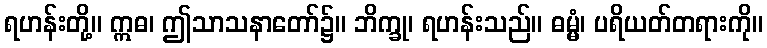
ရဟန်းတို့။ ဣဓ၊ ဤသာသနာတော်၌။ ဘိက္ခု၊ ရဟန်းသည်။ ဓမ္မံ၊ ပရိယတ်တရားကို။